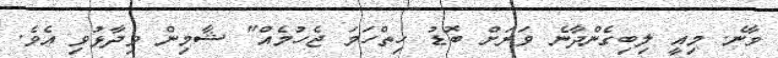
ވާނެ. މިއީ ލިބިގެންދާނެ ވަރަށް ބޮޑު ހިތްހަމަ ޖެހުމެއް" ޝާމިން ވިދާޅުވި އެވެ.